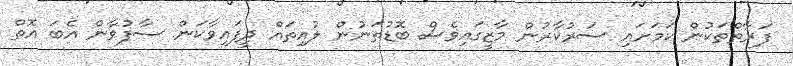
ފަރާތްތަކުން ކަމަށައި ސަރުކާރުން މާޒީގައިވެސް ބޮޑުތަނުން ލުއިތައް ދީފައިވާކަން ސާފުވާން އެބަ އޮތް